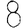
Digit: 8